Indian journal of veterinary science and animal husbandry - Volume 3,
Year: 1933
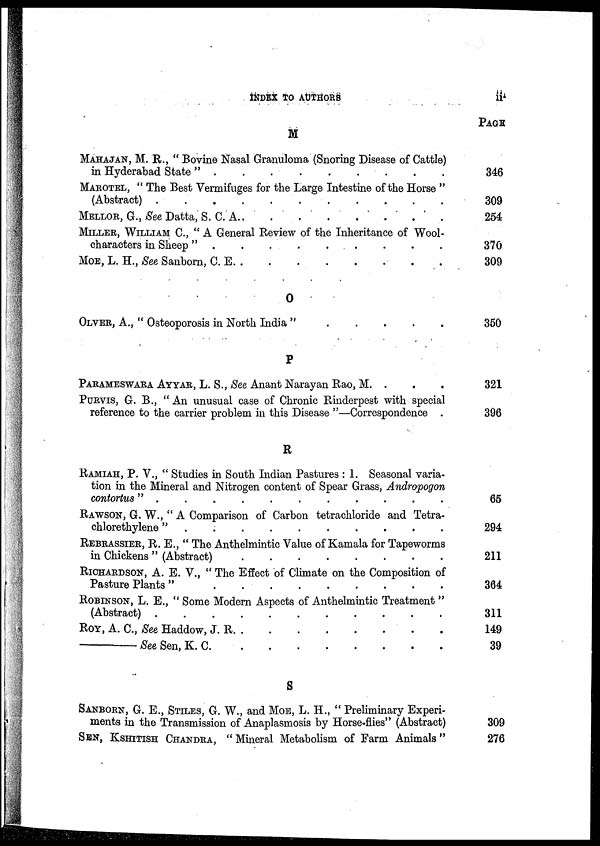
INDEX TO AUTHORS
ii
M
MAHAJAN, M. R., " Bovine Nasal Granuloma (Snoring Disease of Cattle)
in Hyderabad State " . . . . . . . .
MAROTEL, " The Best Vermifuges for the Large Intestine of the Horse "
(Abstract) . . . . . . . .
MELLOR, G., See Datta, S. C. A . . . . . . . .
MILLER, WILLIAM C., "A General Review of the Inheritance of Wool-
characters in sheep " . . . . . . . .
MOE, L. H., See Sanborn, C. E . . . . . . . .
O
OLVER, A., " Osteoporosis in North India " . . . . . . . .
P
PARAMESWARA AYYAR, L. S., See Anant Narayan Rao, M . . . . . . . .
PURVIS, G. B., "An unusual case of Chronic Rinderpest with special
reference to the carrier problem in this Disease "—Correspondence .
R
RAMIAH, P. V., " Studies in South Indian Pastures : 1. Seasonal varia-
tion in the Mineral and Nitrogen content of Spear Grass, Andropogon
contortus " . . . . . . . .
RAWSON, G. W., " A Comparison of Carbon tetrachloride and Tetra-
chlorethylene " . . . . . . . .
REBRASSIER, R. E., " The Anthelmintic Value of Kamala for Tapeworms
in Chickens " (Abstract) . . . . . . . .
RICHARDSON, A. E. V., " The Effect of Climate on the Composition of
Pasture Plants " . . . . . . . .
ROBINSON, L. E., " Some Modern Aspects of Anthelmintic Treatment "
(Abstract) . . . . . . . .
Roy, A. C., See Haddow, J. R. . . . . . . . .
— See Sen, K. C. . . . . . . . .
S
SANBORN, G. E., STILES, G. W., and MOE, L. H., " Preliminary Experi-
ments in the Transmission of Anaplasmosis by Horse-flies" (Abstract)
SEN, KSHITISH CHANDRA, "Mineral Metabolism of Farm Animals"
PAGE
346
309
254
370
309
350
321
396
65
294
211
364
311
149
39
309
276